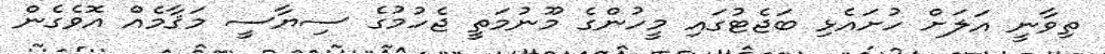
ތިވާނީ އަލަށް ހުށައެޅި ބަޖެޓުގައި މީހުންގެ މޫނުމަތީ ޖެހުމުގެ ސިޔާސީ މަޤާމެއް އޮވެގެން